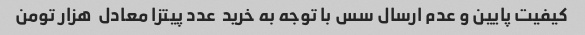
کیفیت پایین و عدم ارسال سس با توجه به خرید  عدد پیتزا معادل  هزار تومن